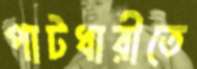
পাটধারীতে